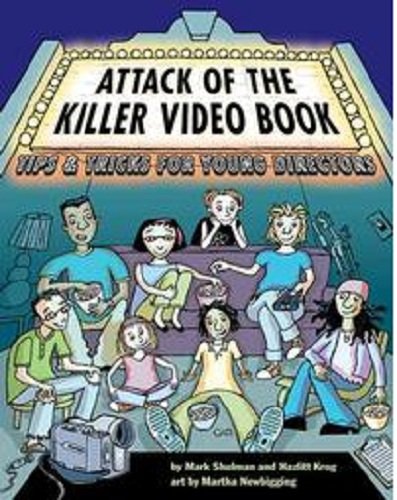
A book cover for Attack of the Killer Video Book: Tips and Tricks for Young Directors; Mark Shulman; Teen & Young Adult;